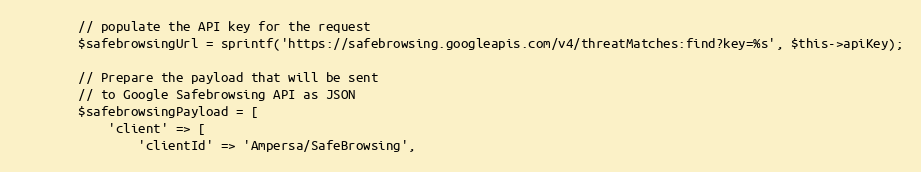
Language: PHP
        // populate the API key for the request
        $safebrowsingUrl = sprintf('https://safebrowsing.googleapis.com/v4/threatMatches:find?key=%s', $this->apiKey);

        // Prepare the payload that will be sent
        // to Google Safebrowsing API as JSON
        $safebrowsingPayload = [
            'client' => [
                'clientId' => 'Ampersa/SafeBrowsing',